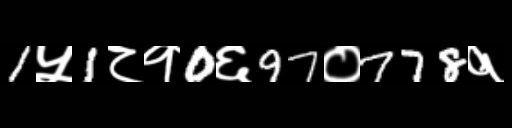
Text: 1५1८१0६97०778१